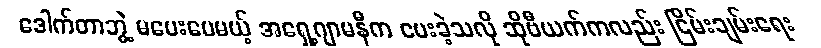
ဒေါက်တာဘွဲ့ မပေးပေမယ့် အရှေ့ဂျာမနီက ပေးခဲ့သလို ဆိုဗီယက်ကလည်း ငြိမ်းချမ်းရေး